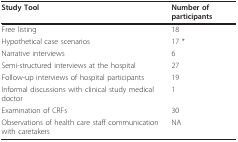
| Study Tool | Number of participants |
 | --- | --- |
 | Free listing | 18 |
 | Hypothetical case scenarios | 17 * |
 | Narrative interviews | 6 |
 | Semi-structured interviews at the hospital | 27 |
 | Follow-up interviews of hospital participants | 19 |
 | Informal discussions with clinical study medical doctor | 1 |
 | Examination of CRFs | 30 |
 | Observations of health care staff communication with caretakers | NA |